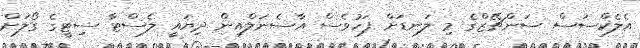
އެލެކްސަސް ސަންޗޭޒްގެ މި ލަނޑަށް ފަހުވެސް އާސެނަލްއިން ދިޔައީ ލެސްޓާ ސިޓީގެ ގޯލަށް